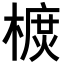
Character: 𣙃